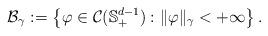
LaTeX: \begin{align*}\mathcal{B}_{\gamma}:= \left\{ \varphi\in \mathcal{C}(\mathbb{S}^{d-1}_{+}): \| \varphi \|_{\gamma}< + \infty \right\}.\end{align*}